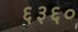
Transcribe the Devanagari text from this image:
६३६०